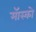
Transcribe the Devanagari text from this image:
मॅास्को